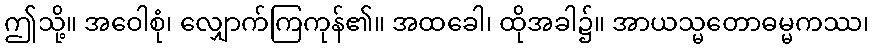
ဤသို့။ အဝေါစုံ၊ လျှောက်ကြကုန်၏။ အထခေါ၊ ထိုအခါ၌။ အာယသ္မတောဓမ္မကဿ၊